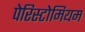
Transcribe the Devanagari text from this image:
पेरिस्टोमियम